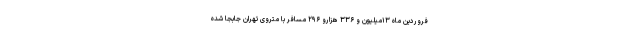
فروردین ماه ۱۳میلیون و ۳۳۶ هزارو ۲۹۶ مسافر با متروی تهران جابجا شده